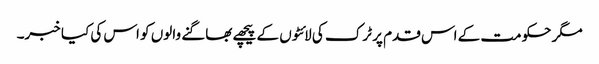
مگر حکومت کے اس قدم پر ٹرک کی لائٹوں کے پیچھے بھاگنے والوں کو اس کی کیا خبر۔